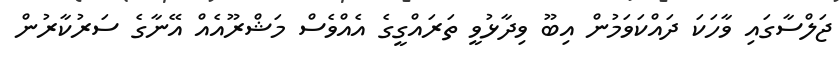
ޖަލްސާގައި ވާހަކަ ދައްކަވަމުން އިބޫ ވިދާޅުވީ ތަރައްގީގެ އެއްވެސް މަޝްރޫއެއް އޭނާގެ ސަރުކާރުން